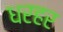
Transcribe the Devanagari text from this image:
धरहर